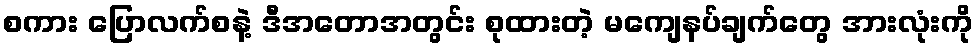
စကား ပြောလက်စနဲ့ ဒီအတောအတွင်း စုထားတဲ့ မကျေနပ်ချက်တွေ အားလုံးကို